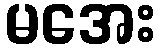
မအေး